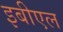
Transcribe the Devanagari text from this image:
इबीएल